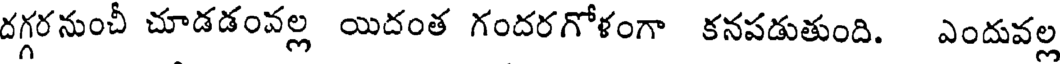
దగ్గరనుంచీ చూడడంవల్ల యిదంత గందరగోళంగా కనపడుతుంది. ఎందువల్ల